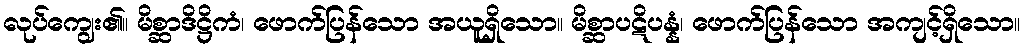
လုပ်ကျွေး၏။ မိစ္ဆာဒိဋ္ဌိကံ၊ ဖောက်ပြန်သော အယူရှိသော။ မိစ္ဆာပဋိပန္နံ၊ ဖောက်ပြန်သော အကျင့်ရှိသော။